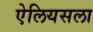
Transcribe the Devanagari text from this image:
ऐलियसला